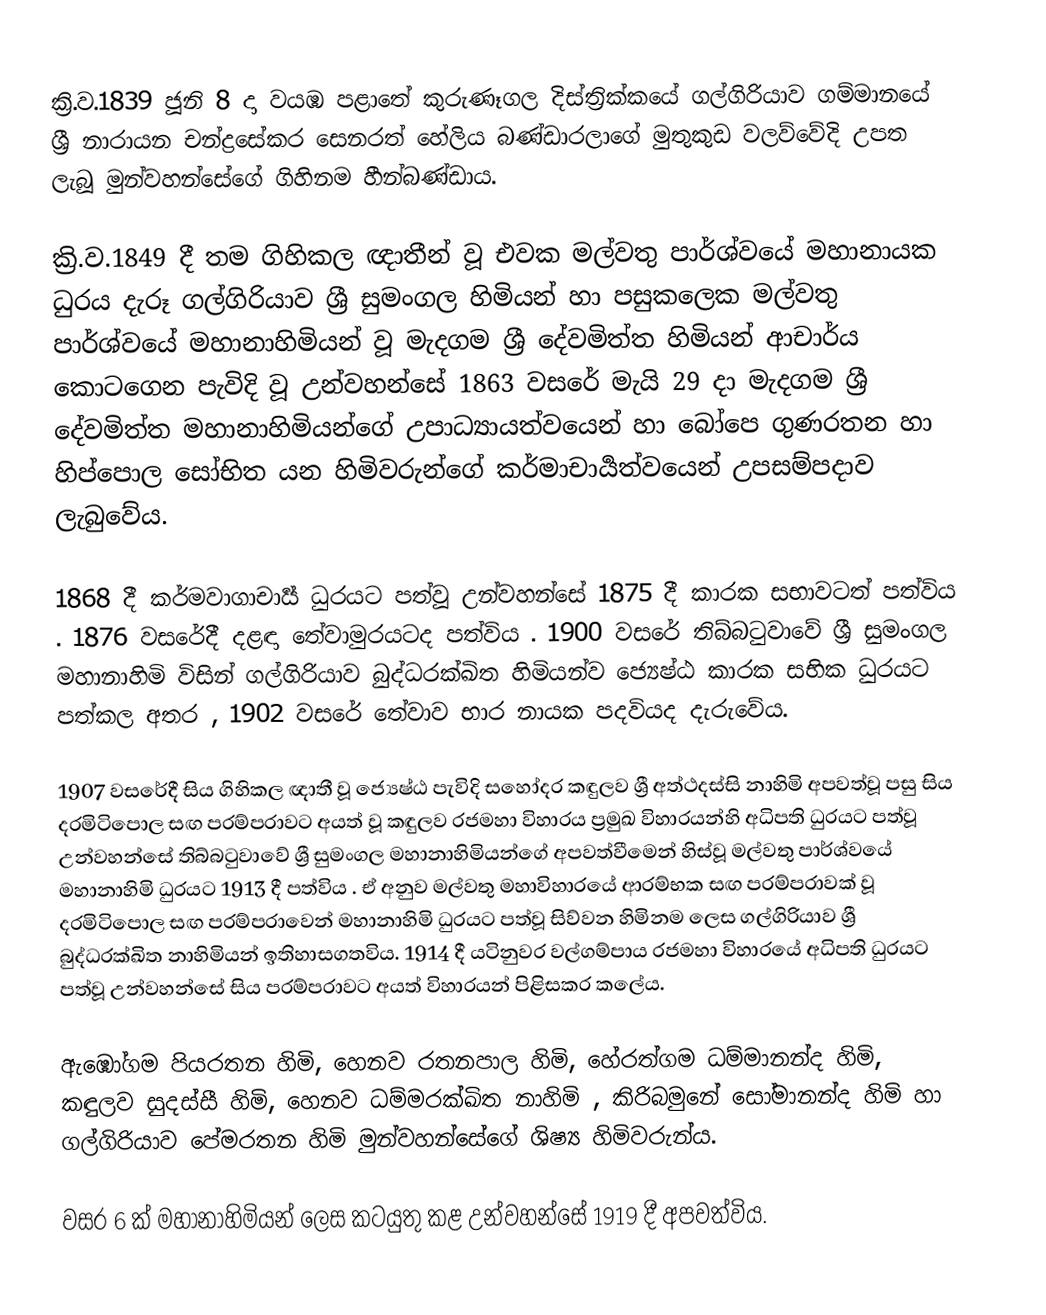
ක්‍රි.ව.1839 ජූනි 8 දා වයඹ පළාතේ කුරුණෑගල දිස්ත්‍රික්කයේ ගල්ගිරියාව ගම්මානයේ ශ්‍රී නාරායන චන්ද්‍රසේකර සෙනරත් හේලිය බණ්ඩාරලාගේ මුතුකුඩ වලව්වේදි උපත ලැබූ මුන්වහන්සේගේ ගිහිනම හීන්බණ්ඩාය.

ක්‍රි.ව.1849 දී තම ගිහිකල ඥාතීන් වූ එවක මල්වතු පාර්ශ්වයේ මහානායක ධුරය දැරූ ගල්ගිරියාව ශ්‍රී සුමංගල හිමියන් හා පසුකලෙක මල්වතු පාර්ශ්වයේ මහානාහිමියන් වූ මැදගම ශ්‍රී දේවමිත්ත හිමියන් ආචාර්ය කොටගෙන පැවිදි වූ උන්වහන්සේ 1863 වසරේ මැයි 29 දා මැදගම ශ්‍රී දේවමිත්ත මහානාහිමියන්ගේ උපාධ්‍යායත්වයෙන්  හා බෝපෙ ගුණරතන හා හිප්පොල සෝභිත යන හිමිවරුන්ගේ කර්මාචාර්‍යත්වයෙන් උපසම්පදාව ලැබුවේය.

1868 දී කර්මවාගාචාර්‍ය් ධුරයට පත්වූ උන්වහන්සේ 1875 දී කාරක සභාවටත් පත්විය .  1876 වසරේදී දළඳා තේවාමුරයටද පත්විය . 1900 වසරේ තිබ්බටුවාවේ ශ්‍රී සුමංගල මහානාහිමි විසින් ගල්ගිරියාව බුද්ධරක්ඛිත හිමියන්ව ජ්‍යෙෂ්ඨ කාරක සභික ධුරයට පත්කල අතර , 1902 වසරේ තේවාව භාර නායක පදවියද දැරුවේය.

1907 වසරේදී සිය ගිහිකල ඥාතී වූ ජ්‍යෙෂ්ඨ පැවිදි සහෝදර කඳුලව ශ්‍රී අත්ථදස්සි නාහිමි අපවත්වූ පසු සිය දරමිටිපොල සඟ  පරම්පරාවට අයත් වූ  කඳුලව රජමහා විහාරය ප්‍රමුඛ විහාරයන්හි අධිපති ධුරයට පත්වූ උන්වහන්සේ තිබ්බටුවාවේ ශ්‍රී සුමංගල මහානාහිමියන්ගේ අපවත්වීමෙන් හිස්වූ මල්වතු පාර්ශ්වයේ මහානාහිමි ධුරයට 1913 දී පත්විය .  ඒ අනුව මල්වතු මහාවිහාරයේ ආරම්භක  සඟ පරම්පරාවක් වූ දරමිටිපොල සඟ පරම්පරාවෙන් මහානාහිමි ධුරයට පත්වූ සිව්වන හිමිනම ලෙස ගල්ගිරියාව ශ්‍රී බුද්ධරක්ඛිත නාහිමියන් ඉතිහාසගතවිය. 1914 දී යටිනුවර වල්ගම්පාය රජමහා විහාරයේ අධිපති ධුරයට පත්වූ උන්වහන්සේ සිය පරම්පරාවට  අයත් විහාරයන් පිළිසකර කලේය.

ඇඹෝගම පියරතන හිමි, හෙනව රතනපාල හිමි, හේරත්ගම ධම්මානන්ද හිමි, කඳුලව සුදස්සී හිමි, හෙනව ධම්මරක්ඛිත නාහිමි , කිරිබමුනේ සෝමානන්ද හිමි හා ගල්ගිරියාව පේමරතන හිමි මුන්වහන්සේගේ ශිෂ්‍ය හිමිවරුන්ය.

වසර 6 ක් මහානාහිමියන් ලෙස කටයුතු කළ උන්වහන්සේ 1919 දී අපවත්විය.